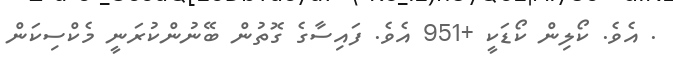
. އެވެ. ކޯލިން ކޯޑަކީ +951 އެވެ. ފައިސާގެ ގޮތުން ބޭނުންކުރަނީ މެކްސިކަން